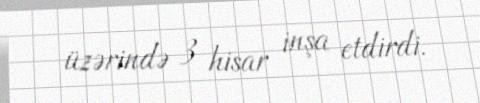
üzərində 3 hisar inşa etdirdi.